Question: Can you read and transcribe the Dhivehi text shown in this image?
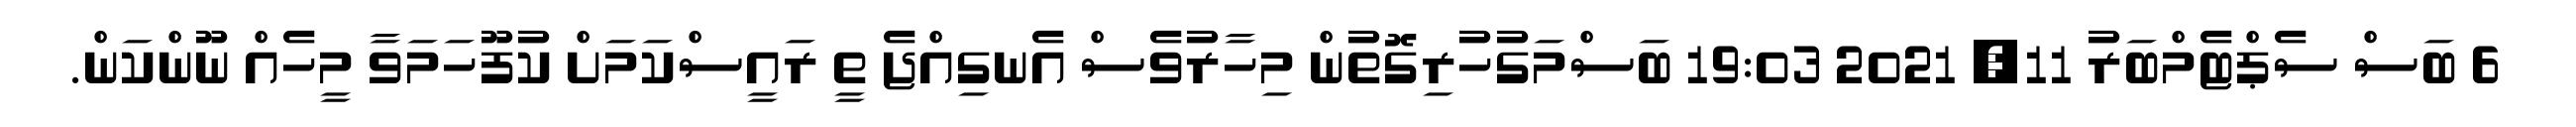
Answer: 6 ބަސް ސެޕްޓެމްބަރު 11, 2021 19:03 ބަސްމަގުހުރިގޮތުން މިހާރުވެސް އެނގިއްޖެ ތީ ރައީސްކަމަށް ކުފޫހަމަވާ މީހެއް ނޫންކަން.